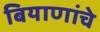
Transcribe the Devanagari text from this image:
बियाणांचे